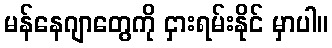
မန်နေဂျာတွေကို ငှားရမ်းနိုင် မှာပါ။